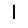
Digit: 1